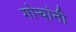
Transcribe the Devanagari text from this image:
गोऱ्यांनी